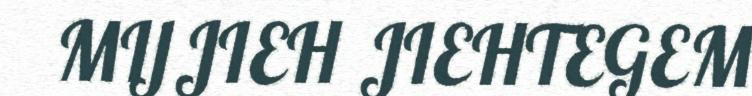
MIJJIEH JIEHTEGEM